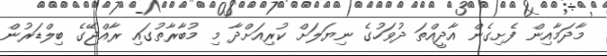
މާދަމާއިން ފެށިގެން އާދީއްތަ ދުވަހުގެ ނިޔަލަށް ކުރިއަށްދާ މި މުބާރާތުގައި ރާއްޖޭގެ ބިލްޑަރުން